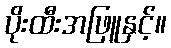
ပိုးထီးအဖြူနှင့်။